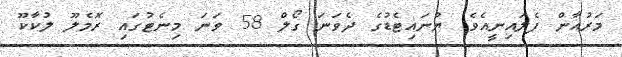
މަރުއާން ފެލައިނީއެވެ. ޔުނައިޓެޑުގެ ދެވަނަ ގޯލް 58 ވަނަ މިނެޓުގައި ރޮމެލޫ ލުކާކޫ